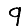
Digit: 9